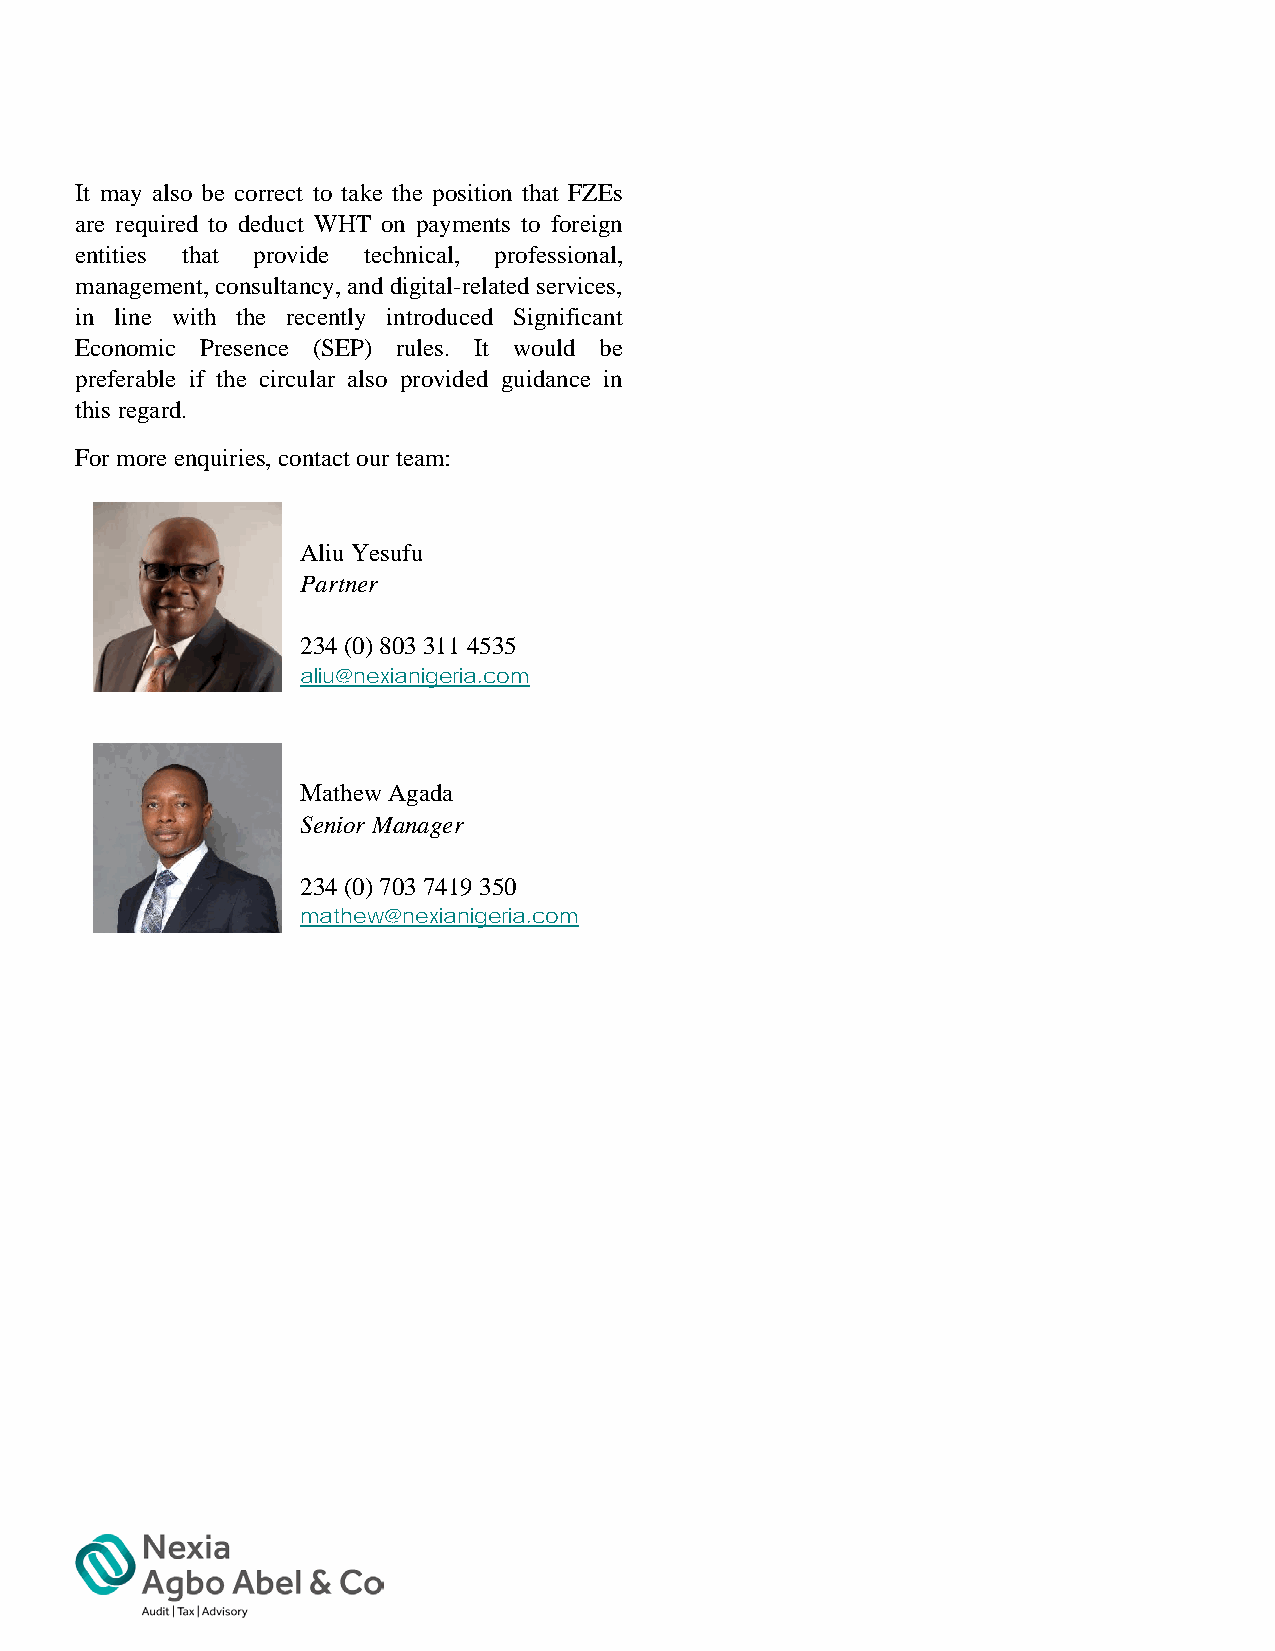
It may also be correct to take the position that FZEs
 are required to deduct WHT on payments to foreign
 entities that provide technical, professional,
 management, consultancy, and digital-related services,
 in line with the recently introduced Significant
 Economic Presence (SEP) rules. It would be
 preferable if the circular also provided guidance in
 this regard.
 For more enquiries, contact our team:
 Aliu Yesufu
 Partner
 234 (0) 803 311 4535
 aliu@nexianigeria.com
 Mathew Agada
 Senior Manager
 234 (0) 703 7419 350
 mathew@nexianigeria.com